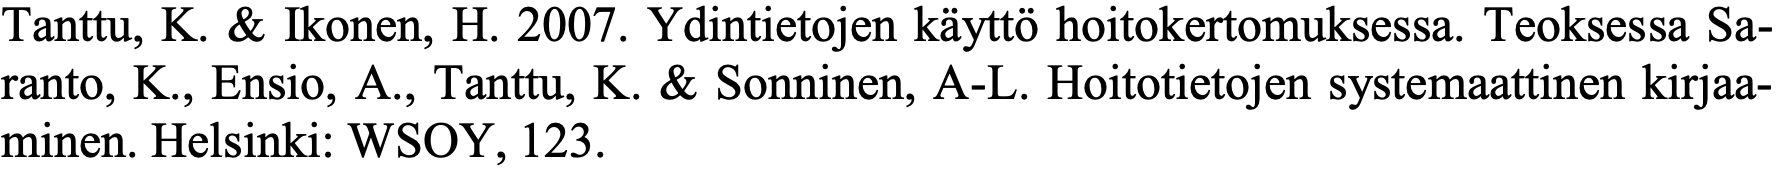
Tanttu, K. & Ikonen, H. 2007. Ydintietojen käyttö hoitokertomuksessa. Teoksessa Sa- ranto, K., Ensio, A., Tanttu, K. & Sonninen, A-L. Hoitotietojen systemaattinen kirjaa- minen. Helsinki: WSOY, 123.